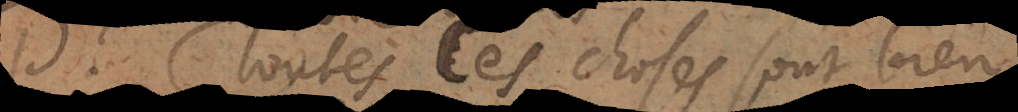
P. Toutes ces choses sont bien